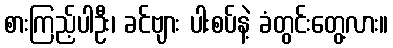
စားကြည့်ပါဦး၊ ခင်ဗျား ပါးစပ်နဲ့ ခံတွင်းတွေ့လား။